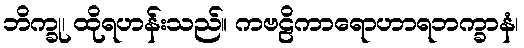
ဘိက္ခု၊ ထိုရဟန်းသည်။ ကဗဠိကာရောဟာရဘက္ခာနံ၊